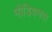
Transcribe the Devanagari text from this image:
मीडियमस